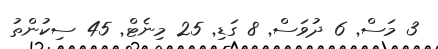
3 މަސް